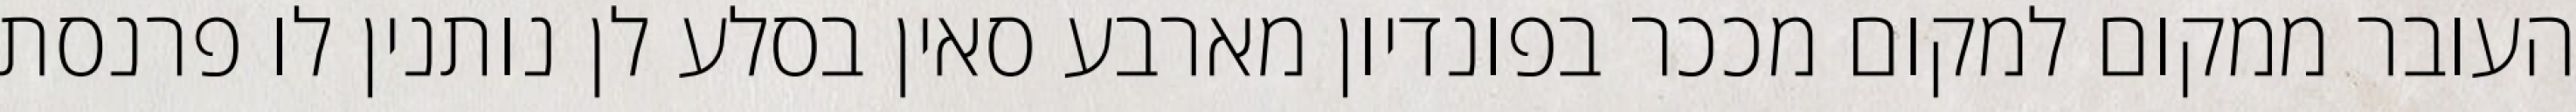
העובר ממקום למקום מככר בפונדיון מארבע סאין בסלע לן נותנין לו פרנסת